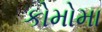
કોમોમા